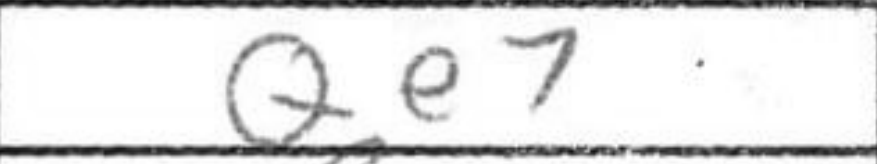
Transcription: Qe7